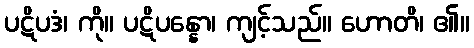
ပဋိပဒံ၊ ကို။ ပဋိပန္နော၊ ကျင့်သည်။ ဟောတိ၊ ၏။